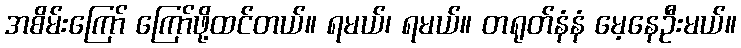
အစိမ်းကြော် ကြော်ဖို့ထင်တယ်။ ရမယ်၊ ရမယ်။ တရုတ်နံနံ မေ့နေဦးမယ်။